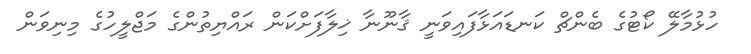
ހުޅުމާލޭ ކޯޓުގެ ބެންޗް ކަނޑައަޅާފައިވަނީ ޤާނޫނާ ޚިލާފަށްކަން ރައްޔިތުންގެ މަޖްލީހުގެ މިނިވަން